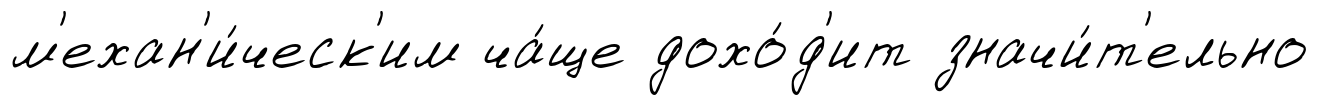
м'ехан'и́ческ'им ча́ще дохо́д'ит значи́т'ельно